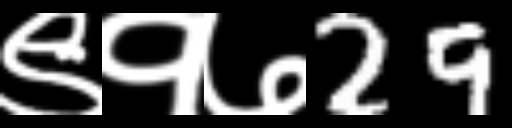
Text: ९१७29